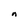
Character: n